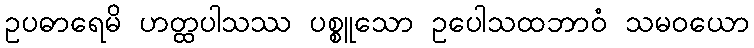
ဥပဓာရေမိ ဟတ္ထပါသဿ ပစ္စူသော ဥပေါသထဘာဝံ သမဝယော